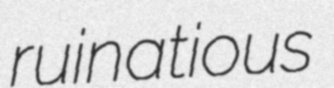
ruinatious